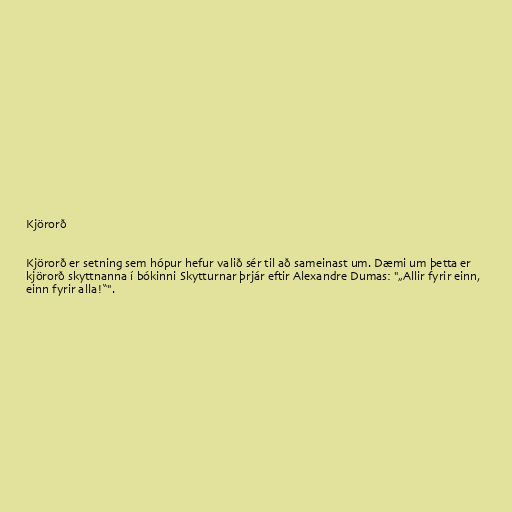
Kjörorð

Kjörorð er setning sem hópur hefur valið sér til að sameinast um. Dæmi um þetta er
kjörorð skyttnanna í bókinni Skytturnar þrjár eftir Alexandre Dumas: "„Allir fyrir einn,
einn fyrir alla!“".